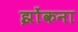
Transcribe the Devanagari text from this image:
झोंकना